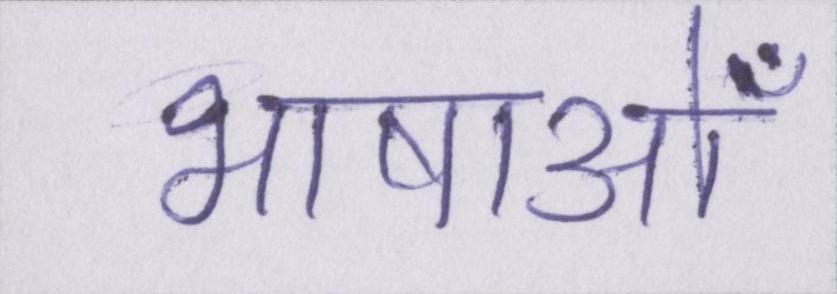
भाषाओँ